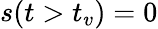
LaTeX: s(t>t_{v})=0